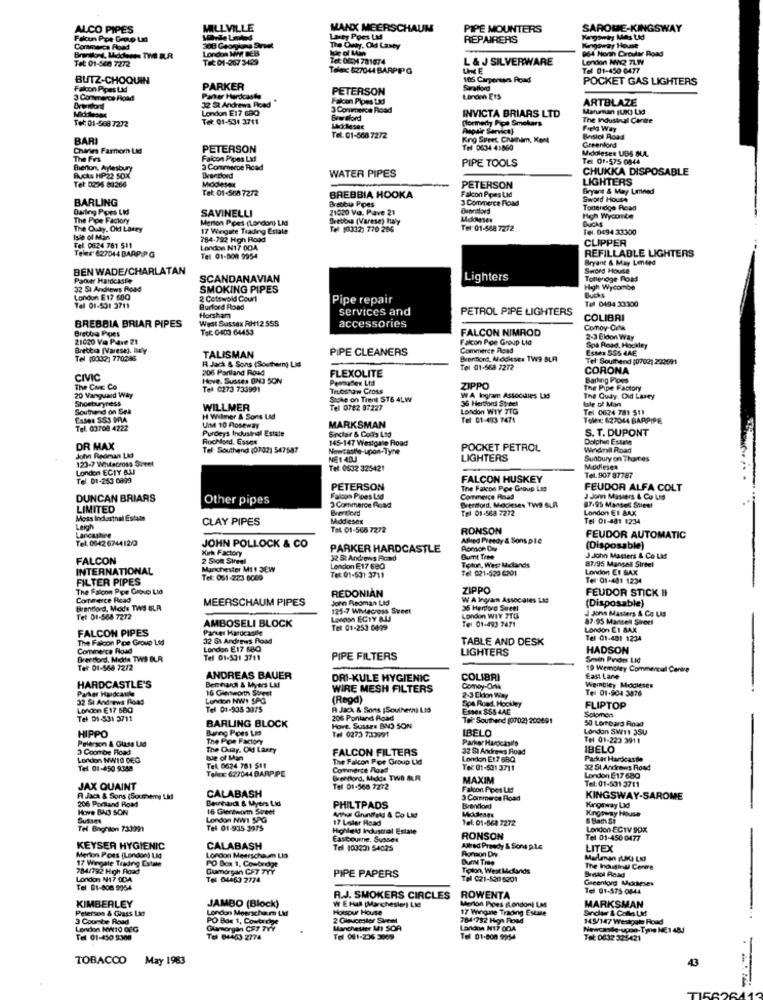
ALCO PIPES
MILLVILLE
MANX MEERSCHAUM
PIPE MOUNTERS
SAROME-KINGSWAY
Falcun Ppe Groo Ld
Laty Ppes Lad
The Oway, Old Lasty
REPAIRERS
Kagoway Mas LKJ
Cormarca Flood
308 Georykana Servet
London WWW BEB
Kangoway House
964 Nonn Crouler Road
Tet 01-500 7272
THE 01-207 3429
Tet: 00:94 781074
L & J SILVERWARE
London MVAQ 7LI
Telec 627044 BARPPG
Tel 01-450 0477
BUTZ-CHOQUIN
106 Carpenters Road
POCKET GAS LIGHTERS
Falcon Pipes Lidd
PARKER
PETERSON
Skrallord
3 Commerce Road
Paner Hardaasta
32 St Andrews Fond
Falcon Pipes Lad
ARTBLAZE
Drendord
London E17 68Q
3 Commerce Road
INVICTA BRIARS LTD
Manuman (UK) Lig
Tel: 01-569 7272
Tel: 01-534 3711
Bowsford
formerly Pipe Smokers
The Industnal Carire
Phapair Service)
Frel Way
BARI
Tel: 01-568 7272
King Suret Chamhim, Kent
Basici Road
Charies Farmor Lid
PETERSON
Tel 0634 41860
Greenford
Middlesex UDS OLL
The Frrs
Falcon Pipes Lidd
PIPE TOOLS
Tel 01-575 0844
Bierton, Aylesbury
3 Commwoe Ricad
WATER PIPES
CHUKKA DISPOSABLE
Bucks HP22 SOX
LIGHTERS
Tel: 0236 63266
Tel: 01-568 7272
PETERSON
Falcon Ppes Lid
Bryant & May Lenned
BARLING
BREBBIA HOOKA
Bracbu Ppes
3-Commerce Road
Sword House
Darling Poes Lid
SAVINELLI
21020 Vo. Pave 21
Touendgo Read
The Pipe Factory
Merton Poes (London) Lid
Drebona (Varese) Hay
High Wycombe
Ducks
The Oudy, Old Larey
17 Wiegate Trading Estale
Tel 10332) 770 286
Tel: 01-568 7272
Tel. 0494 33300
Isle of Man
784-792 High Road
CLIPPER
Tel. 0624 781 511
Teler 827044 BAAP PG
London N17 004
REFILLABLE LIGHTERS
Tel 01-800 9954
Bryant & May Lended
BEN WADE/CHARLATAN
Sword Houte
Parver Hardcaste
SCANDANAVIAN
Lighters
Tollenoge Road
32 SI Andiews Road
SMOKING PIPES
High Wycombe
Bucks
London E17 $00
2 Cotswold Court
Pipe repair
Tel 0494 33300
Tel 01-531 3711
Burford Road
services and
PETROL PIPE LIGHTERS
BREBBIA BRIAR PIPES
West Sussex RH12 555
Horsham
accessories
COLIBRI
Brethe Poes
Tel: 0403 64453
FALCON NIMROD
Comoy-Cola
21020 Va Pave 21
Falcon Poe Group Ltd
2-3 Eldon Way
Brettsa [Varese), July
PIPE CLEANERS
Commerce Road
Estes SSS 4AE
Spa Road, Hockey
Tel (0332) 770286
R Jack & Sons (Southern) Lid
TALISMAN
Brentord, Modieses TW9 BLA
Tel Southend :0702) 200691
206 Portland Road
FLEXOLITE
Tel 01-568 7272
CORONA
CIVIC
Hove. Sussex ONDJ SON
PermuBen Ltd
Barking Poes
The Cus Co
Tel 0273 733991
Trubshaw Cross
ZIPPO
The Pipe Factory
Shoeturyness
20 Vanguard Way
Stoke on Trent ST6 4LW
WA Ingram Assocdies Lid
36 Hertford Stoel
The Qudy. Did Lasey
Isle of Man
Southend on Sea
WILLMER
Tel 0782 87227
London WIY TTG
Tel 0624 781 511
H Wilmer & Sons LMd
Tel: 01-493 7471
Tolv: 627044 BARPIPE
Tel. 00708 4222
Purdeys Industrial Estate
UM 10 Poseway
MARKSMAN
Sinclair & Colis Ltd
S. T. DUPONT
Rochloed. Esses
145-147 Westgate Road
Dolphen Estate
DR MAX
Tel Southend (0702) 547587
Newcastle-upon-Tyne
POCKET PETROL
Windmill Road
John Redman Lid
123-7 Whitecross Sineet
NE1 40J
LIGHTERS
Sunbury on Thorres
London ECTY BAJ
Tel: 0632 325421
Middlesex
Tel 01-253 0899
FALCON HUSKEY
Tel. 907 87787
PETERSON
The Falcon Poe Group Lis
FEUDOR ALFA COLT
DUNCAN BRIARS
Other pipes
Falcon Pipes Led
Commerce Riad
J Jonn Masiers & Co US
87-95 Mandel Steel
LIMITED
Brentlord
3 Commerce Road
Tel 01-568 7272
London ET &AX
Moss Industrial Estate
CLAY PIPES
Modeses
Tel 01-481 1234
Leigh
Tel. 01-566 7272
RONSON
Lancashire
Tel: 0042 674412/0
Allied Preedy & Sons Die
FEUDOR AUTOMATIC
JOHN POLLOCK & CO
Kirk Factory
PARKER HARDCASTLE
Aomon Owr
(Disposable)
FALCON
2 Sion Streel
32 52 Andrews Road
Tioton, West Midlands
Dumit Tene
J.John Masters & Co LM
87/95 Mangall Sirtel
INTERNATIONAL
Manchester Mil DEW
London E17 680
Tel 021-529 6301
London EI SAX
FILTER PIPES
Tel: 061-223 6000
Tel: 01-531 3711
Tel 01-481 1234
The Falcon Pipe Group Ltd
REDONIAN
ZIPPO
FEUDOR STICK 1
Converce Read
MEERSCHAUM PIPES
Jorn Redman Lid
W A Ingran Associates Las
(Disposable)
Brentford, Mods TWS BLA
125-7 Wiecross Sveet
36 Hertford Sureel
J John Masters & Co LAS
Tel 01-564 7272
AMBOSELI BLOCK
London ECTY BUJ
London WIY TTG
Tel 01-493 7471
87.95 Martell Sireci
FALCON PIPES
Parker Hardcastle
Tet 01-253 6499
London ET SAX
The Falcon Poe Group 1d
32 51 Andres Road
TABLE AND DESK
Tel 01-401 1234
Commerce Road
London E17 680
LIGHTERS
HADSON
Drertord. Micka TWS BLR
Tel 01-531 3711
PIPE FILTERS
Smin Prides LId
Tel 01-568 72/2
19 Wembley Commercial Centre
ANDREAS BAUER
DRI-KULE HYGIENIC
COLIBRI
East Lane
Wembley Mocleses
Parker Handeauile
HARDCASTLE'S
Berthardt & Myers LM
16 Glenworth Street
WIRE MESH FILTERS
Comey-Orik
Tel 01-904 3876
32 St Andrews Road
London NW: SPG
(Regd)
Spa Road, Hockey
2-3 Ekion Way
London E17 BBQ
Tel 01-935 3975
A Jack & Sons (Southern) Ltd
Essex $SS 4AE
Solomon
FLIPTOP
Tel DI-531 3711
BARLING BLOCK
206 Pontand Road
Tel: Southend (0702) 200691
50 Lombard Road
HIPPO
Barng Poes Lid
Tel 0273 733991
Hove. Sussex BNS SON
IBELO
London SW11 35U
Prierson & Glass Lig
The Poe Factory
Parker Hardcaselp
Tel 01-223 3911
3 Coombe Road
The Duay, Old Larry
FALCON FILTERS
32 81 Andrews Road
IBELO
London WWW/10 DEG
Isle of Man
The Falcon For Group Lid
London E17 68Q
Pacuar Hardcasde
Tel. 01-450 9388
Tel. 0624 761 511
Telex: 627044 BARPPE
Commerce Road
Tel: 01-531 3711
32 51 Andrews Road
Derdord, Mads TWB BLR
MAXIM
London E17 680
Tel: 01-531 3711
JAX QUAINT
CALABASH
Tel 01-568 7272
Falcon Ppes Les
RI Jack & Sons (Soumens LM
206 Portand Road
Beveard & Myers Lid
3 Commerce Road
KINGSWAY-SAROME
Hove BIJ SON
16 Glereworin Sweet
PHILTPADS
Brentkud
Kanorway Lid
Kingaway House
London NWI SPG
17 Lister Road
Tel. 01-563 7272
6 Bath Si
Tel Boghton 733091
Tel 01-935 3975
Highlel Industral Estate
London EC1V 90X
Eastbourne. Sussex
RONSON
Tel 01-450 0477
KEYSER HYGIENIC
CALABASH
Tel 103230 54025
Allred Prawdy & Sons ple
LITEX
Merton Poes (London) LM
17 Wegale Trading Estate
London Meerschaum Lla
Dum Tree
784/792 High Road
PO Box 1. Cowbridge
Glamorgan CF7 TYY
Tolon, West Melands
The Inougirl Cerie
London N17 ODA
Tel 04-63 2774
PIPE PAPERS
Tel C21-5205201
Greenkorg Modieses
Tel 01-608 5354
Tel 01-575 0844
KIMBERLEY
JAMBO (Block)
W E Hall (Manchester) Ltd
A.J. SMOKERS CIRCLES
ROWENTA
MARKSMAN
Peterson & Glass Lar
London Meerschaum LM
Horsour House
Merton Pipes Ilondon) LM
17 Wingne Trading Estue
Sindar & Colla Lid
3 Courbe Road
PO Box 1, Cowtarde
784-782 High Road
145/147 Wesagain Roud
London MW10 OFG
Manchester MY SOA
Landna N17 ODA
Newcasde-upon-Tyne HE1 48J
Tel 01-450 3300
Tel 64463 2774
Tel 081-236 3009
Tel 01-800 9954
Tel: 0032 32:5421
TOBACCO
May 1983
43